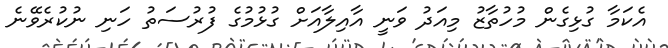
އެކަމާ ގުޅިގެން މުހުތާޒު މިއަދު ވަނީ އާއިލާއަށް ގުޅުމުގެ ފުރުސަތު ހަނި ނުކުރެވޭނެ